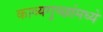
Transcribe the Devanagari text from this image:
काव्यगुच्छांमध्ये